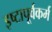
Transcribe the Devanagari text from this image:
इष्टापूर्वकर्म